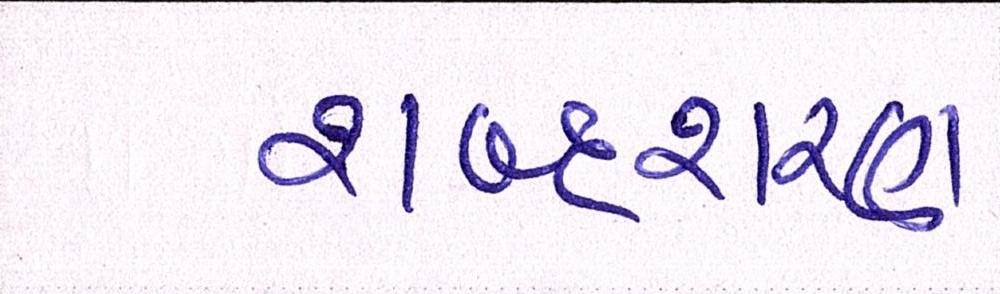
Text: શબ્દશરણ